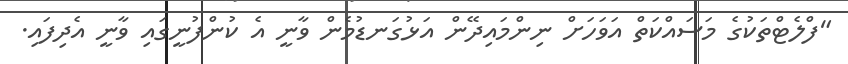
"ފްލެޓްތަކުގެ މަސައްކަތް އަވަހަށް ނިންމައިދޭން އަޅުގަނޑުމެން ވާނީ އެ ކުންފުނީގައި ވާނީ އެދިފައި.